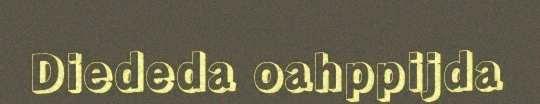
Diededa oahppijda